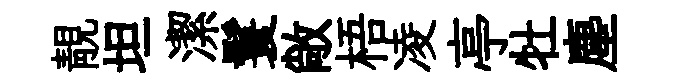
靚坦潔鬟敞梧凌亭牡塵